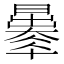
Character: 𣋦